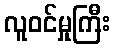
လူဝင်မှုကြီး